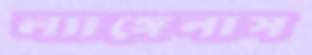
ল্যাঙ্গেনাস